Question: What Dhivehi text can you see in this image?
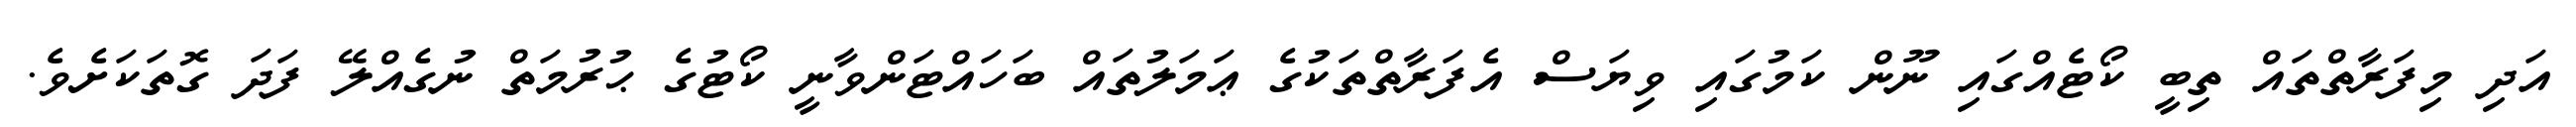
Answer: އަދި މިފަރާތްތައް ތިބީ ކޯޓެއްގައި ނޫން ކަމުގައި ވިޔަސް އެފަރާތްތަކުގެ ޢަމަލުތައް ބަހައްޓަންވާނީ ކޯޓުގެ ޙުރުމަތް ނުގެއްލޭ ފަދަ ގޮތަކަށެވެ.